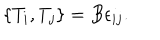
LaTeX: \{ T _ { i } , T _ { j } \} = B \epsilon _ { i j } .